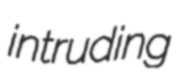
intruding